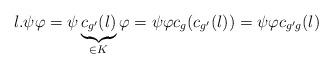
LaTeX: \begin{align*}l. \psi \varphi=\psi \underbrace{c_{g'}(l)}_{\in K}\varphi=\psi \varphi c_{g}(c_{g'}(l))=\psi \varphi c_{g'g}(l)\end{align*}